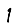
Digit: 1